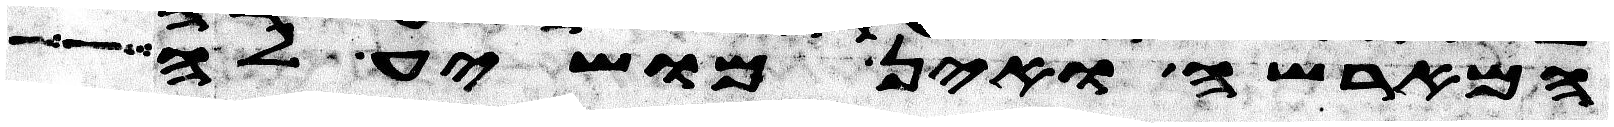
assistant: המארשה ואין מושיע לה